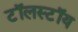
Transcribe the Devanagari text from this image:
टॉलस्‍टॉय